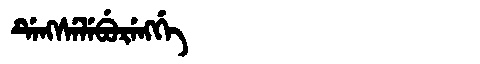
Manchu: ᡩᡝᠩᠰᡝᠯᡝᠪᡠᡵᡝᠩᡤᡝ
Romanization: DENGSELEBURENGGE